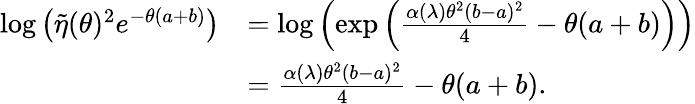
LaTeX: \begin{array}{rl}{\log\left(\tilde{\eta}(\theta)^{2}e^{-\theta(a+b)}\right)}&{=\log\left(\exp\left(\frac{\alpha(\lambda)\theta^{2}(b-a)^{2}}{4}-\theta(a+b)\right)\right)}\\ &{=\frac{\alpha(\lambda)\theta^{2}(b-a)^{2}}{4}-\theta(a+b).}\end{array}